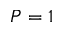
P = 1